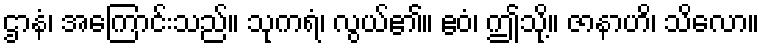
ဌာနံ၊ အကြောင်းသည်။ သုကရံ၊ လွယ်၏။ ဧဝံ၊ ဤသို့။ ဇာနာဟိ၊ သိလော။